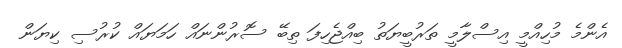
އެންމެ މުހިއްމީ އިސްލާމީ ތަރުބީޔަތު ބިއްޖެހިފަ ތިބޭ ސޮރުންނައް ހަމަޔައް ކުރުސި ކިޔަން